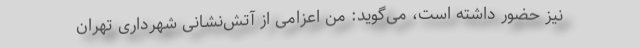
نیز حضور داشته است، می‌گوید: من اعزامی از آتش‌نشانی شهرداری تهران